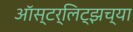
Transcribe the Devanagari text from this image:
ऑस्टर्लिट्झच्या